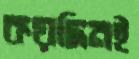
কয়দিনই